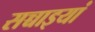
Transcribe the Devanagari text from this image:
सच्चाइयां